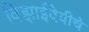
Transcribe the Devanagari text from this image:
विंझाईदेवीचे